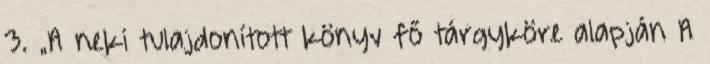
3. „A neki tulajdonított könyv fő tárgyköre alapján A